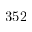
3 5 2